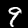
Label: 9